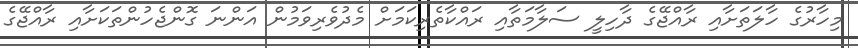
މިހާރުގެ ހާލަތަށާއި ރާއްޖޭގެ ދާހިލީ ސަލާމަތާއި ރައްކާތެރިކަމަށް މެދުވެރިވަމުން އަންނަ ގޮންޖެހުންތަކަށާއި ރާއްޖޭގެ